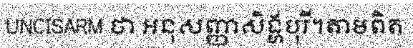
UNCISARM ថា អនុសញ្ញាសិង្ហបុរី។តាមពិត